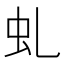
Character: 虬